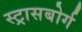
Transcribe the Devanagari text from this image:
स्ट्रासबोर्ग